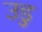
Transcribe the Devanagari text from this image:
उडु